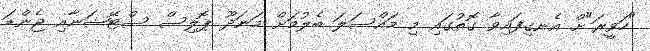
"ހަވީރަ"ށް އެނގިފައިވާ ގޮތުގައި މި މައްސަލަ ބެލުމަށް މަނަދޫ ޕޮލިސް ސްޓޭޝަނާއި ޖެންޑަ